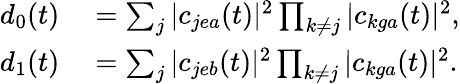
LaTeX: \begin{array}{rl}{d_{0}(t)}&{{}=\sum_{j}|c_{jea}(t)|^{2}\prod_{k\neq j}|c_{kga}(t)|^{2},}\\ {d_{1}(t)}&{{}=\sum_{j}|c_{jeb}(t)|^{2}\prod_{k\neq j}|c_{kga}(t)|^{2}.}\end{array}